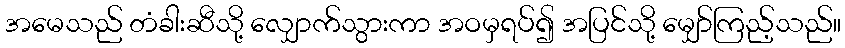
အမေသည် တံခါးဆီသို့ လျှောက်သွားကာ အဝမှရပ်၍ အပြင်သို့ မျှော်ကြည့်သည်။